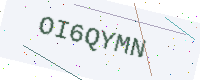
Text: OI6QYMN